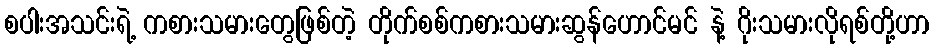
စပါးအသင်းရဲ့ ကစားသမားတွေဖြစ်တဲ့ တိုက်စစ်ကစားသမားဆွန်ဟောင်မင် နဲ့ ဂိုးသမားလိုရစ်တို့ဟာ